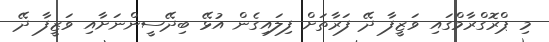
މި ޕްރޮގްރާމްގައި ވަޒީފާ ދޭ ފަރާތަށް ފިލައިގެން އުޅޭ ބިދޭސީންނަށާއި ވަޒީފާ ދޭ